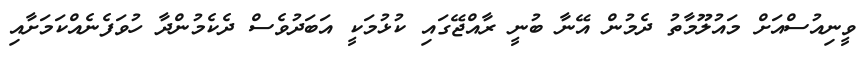
ވީނިއުސްއަށް މައުލޫމާތު ދެމުން އޭނާ ބުނީ ރާއްޖޭގައި ކުޅުމަކީ އަބަދުވެސް ދެކެމުންދާ ހުވަފެނެއްކަމަށާއި